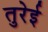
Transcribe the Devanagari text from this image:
तुरेई